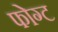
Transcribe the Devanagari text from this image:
फोग्ट